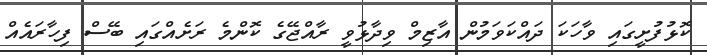
ކޮޅުފުށީގައި ވާހަކަ ދައްކަވަމުން އާޒިމް ވިދާޅުވީ ރާއްޖޭގެ ކޮންމެ ރަށެއްގައި ބޭސް ފިހާރައެއް